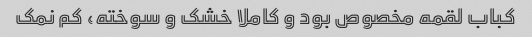
کباب لقمه مخصوص بود و کاملا خشک و سوخته، کم نمک